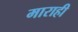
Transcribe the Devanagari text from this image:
माराही